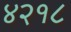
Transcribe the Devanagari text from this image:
४२१८